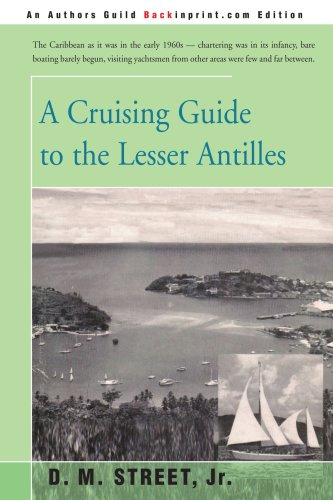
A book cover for A CRUISING GUIDE to the LESSER ANTILLES; Donald Street; Travel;